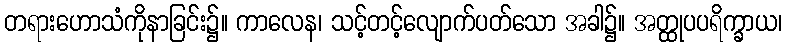
တရားဟောသံကိုနာခြင်း၌။ ကာလေန၊ သင့်တင့်လျောက်ပတ်သော အခါ၌။ အတ္ထုပပရိက္ခာယ၊